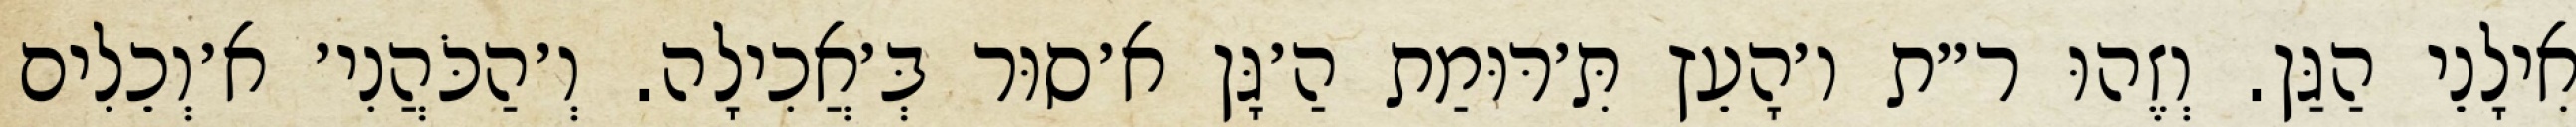
אִילָנֵי הַגַּן. וְזֶהוּ ר״ת ו׳הָעֵץ תִּ׳רּוּמַת הַ׳גָּן א׳סוּר בְּ׳אֲכִילָה. וְ׳הַכֹּהֲנִי׳ א׳וְכֵלִים